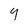
Character: 9